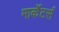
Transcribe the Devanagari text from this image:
मार्केटर्स